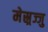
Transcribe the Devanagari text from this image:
मेस्र्रज्जु